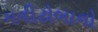
મનીટોબાનો